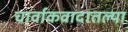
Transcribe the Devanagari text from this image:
चार्वाकवादातल्या